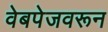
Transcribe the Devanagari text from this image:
वेबपेजवरून